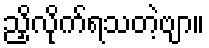
ညှိလိုက်ရသတဲ့ဗျာ။